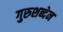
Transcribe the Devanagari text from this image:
गुरुशब्देन